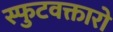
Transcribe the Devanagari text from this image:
स्फुटवक्तारो